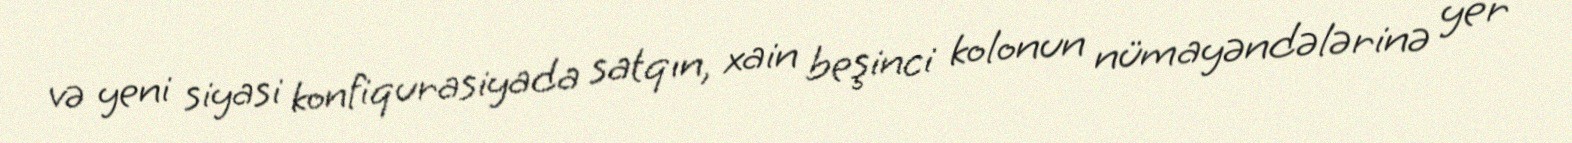
və yeni siyasi konfiqurasiyada satqın, xain beşinci kolonun nümayəndələrinə yer